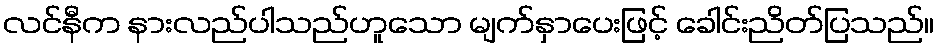
လင်နီက နားလည်ပါသည်ဟူသော မျက်နှာပေးဖြင့် ခေါင်းညိတ်ပြသည်။